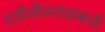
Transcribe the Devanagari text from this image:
स्त्रीजीवनासंबंधी